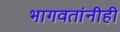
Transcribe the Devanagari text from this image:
भागवतांनीही